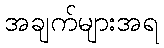
အချက်များအရ